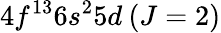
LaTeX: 4f^{13}6s^{2}5d\: (J=2)